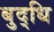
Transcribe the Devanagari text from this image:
बुद्‌धि